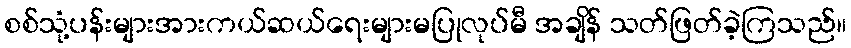
စစ်သုံ့ပန်းများအားကယ်ဆယ်ရေးများမပြုလုပ်မီ အချိန် သတ်ဖြတ်ခဲ့ကြသည်။